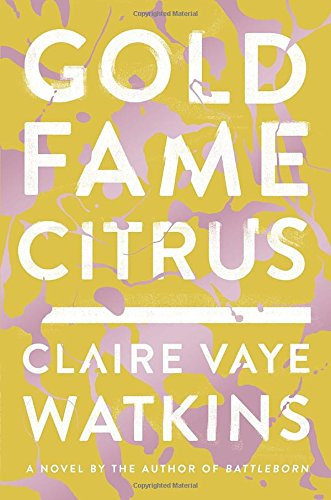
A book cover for Gold Fame Citrus: A Novel; Claire Vaye Watkins; Science Fiction & Fantasy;